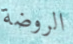
الروضة